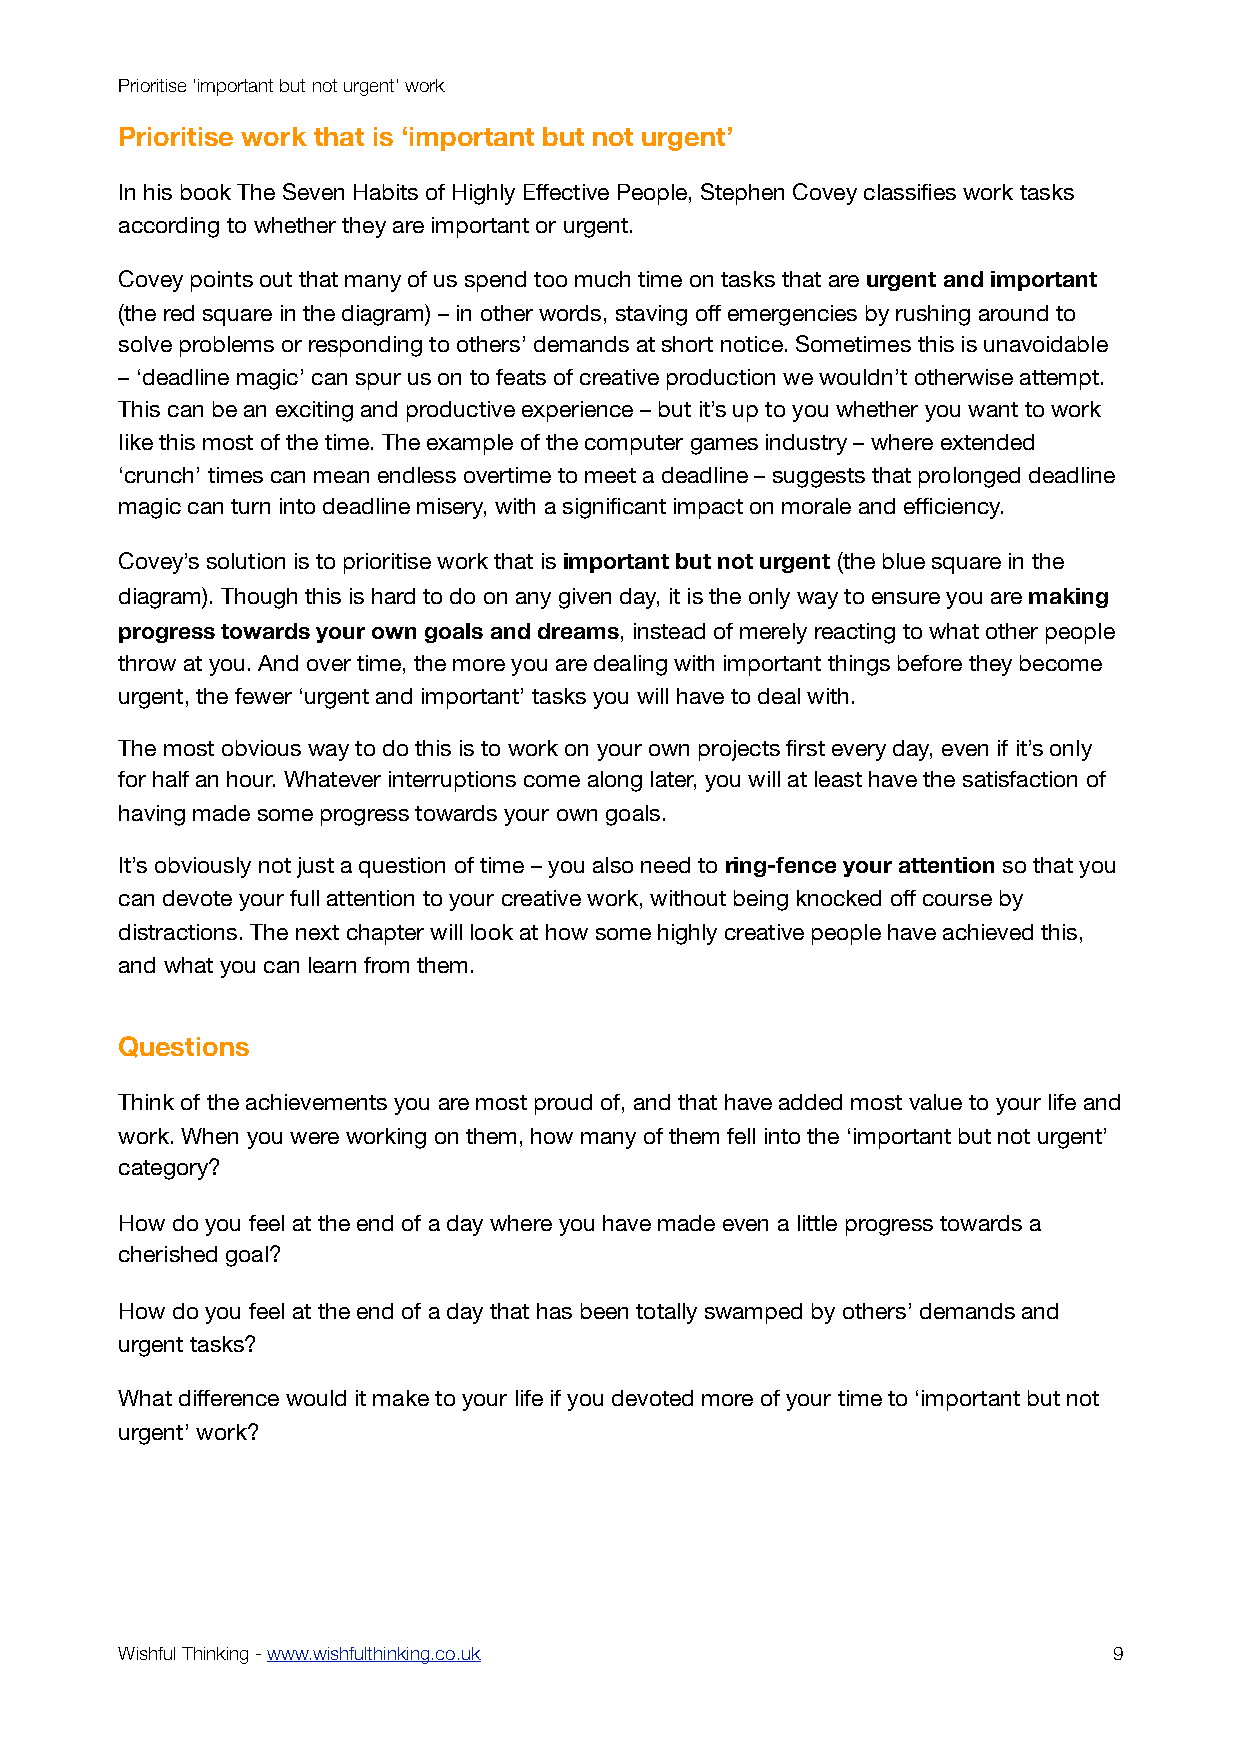
Prioritise ‘important but not urgent’ work
 Prioritise work that is ‘important but not urgent’
 In his book The Seven Habits of Highly Effective People, Stephen Covey classifies work tasks
 according to whether they are important or urgent.
 Covey points out that many of us spend too much time on tasks that are urgent and important
 (the red square in the diagram) – in other words, staving off emergencies by rushing around to
 solve problems or responding to others’ demands at short notice. Sometimes this is unavoidable
 – ‘deadline magic’ can spur us on to feats of creative production we wouldn’t otherwise attempt.
 This can be an exciting and productive experience – but it’s up to you whether you want to work
 like this most of the time. The example of the computer games industry – where extended
 ‘crunch’ times can mean endless overtime to meet a deadline – suggests that prolonged deadline
 magic can turn into deadline misery, with a significant impact on morale and efficiency.
 Covey’s solution is to prioritise work that is important but not urgent (the blue square in the
 diagram). Though this is hard to do on any given day, it is the only way to ensure you are making
 progress towards your own goals and dreams, instead of merely reacting to what other people
 throw at you. And over time, the more you are dealing with important things before they become
 urgent, the fewer ‘urgent and important’ tasks you will have to deal with.
 The most obvious way to do this is to work on your own projects first every day, even if it’s only
 for half an hour. Whatever interruptions come along later, you will at least have the satisfaction of
 having made some progress towards your own goals.
 It’s obviously not just a question of time – you also need to ring-fence your attention so that you
 can devote your full attention to your creative work, without being knocked off course by
 distractions. The next chapter will look at how some highly creative people have achieved this,
 and what you can learn from them.
 Questions
 Think of the achievements you are most proud of, and that have added most value to your life and
 work. When you were working on them, how many of them fell into the ‘important but not urgent’
 category?
 How do you feel at the end of a day where you have made even a little progress towards a
 cherished goal?
 How do you feel at the end of a day that has been totally swamped by others’ demands and
 urgent tasks?
 What difference would it make to your life if you devoted more of your time to ‘important but not
 urgent’ work?
 Wishful Thinking - www.wishfulthinking.co.uk                      9